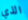
الذي